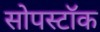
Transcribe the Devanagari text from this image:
सोपस्टॉक